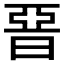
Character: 𣇩